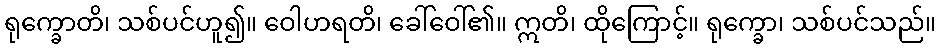
ရုက္ခောတိ၊ သစ်ပင်ဟူ၍။ ဝေါဟရတိ၊ ခေါ်ဝေါ်၏။ ဣတိ၊ ထိုကြောင့်။ ရုက္ခော၊ သစ်ပင်သည်။